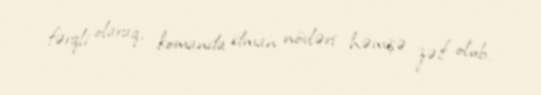
fərqli olaraq, komanda idman növləri həmişə zəif olub.